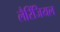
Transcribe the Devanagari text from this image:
लैरिंजियल